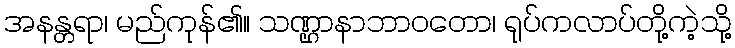
အနန္တရာ၊ မည်ကုန်၏။ သဏ္ဌာနာဘာဝတော၊ ရုပ်ကလာပ်တို့ကဲ့သို့